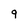
Character: 9